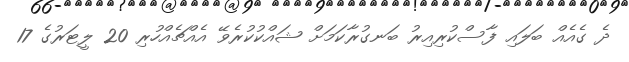
ދެ ގެއެއް ބަލައި ފާސްކުރިއިރު ބަނގުރާކަމަށް ޝައްކުކުރެވޭ އެއްޗެއްހުރި 20 ލީޓަރުގެ 17